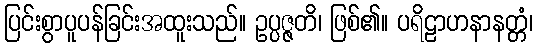
ပြင်းစွာပူပန်ခြင်းအထူးသည်။ ဥပ္ပဇ္ဇတိ၊ ဖြစ်၏။ ပရိဠာဟနာနတ္တံ၊